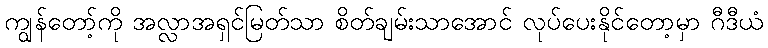
ကျွန်တော့်ကို အလ္လာအရှင်မြတ်သာ စိတ်ချမ်းသာအောင် လုပ်ပေးနိုင်တော့မှာ ဂီဒီယံ